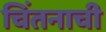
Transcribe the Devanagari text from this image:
चिंतनाची